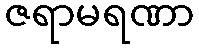
ဇရာမရဏာ